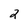
Character: 2